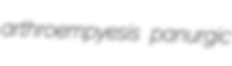
arthroempyesis panurgic